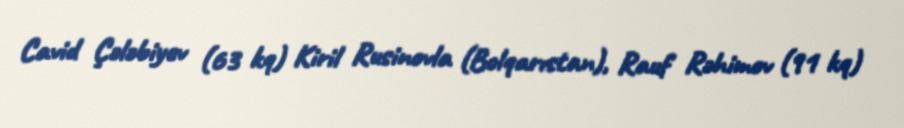
Cavid Çələbiyev (63 kq) Kiril Rusinovla (Bolqarıstan), Rauf Rəhimov (91 kq)